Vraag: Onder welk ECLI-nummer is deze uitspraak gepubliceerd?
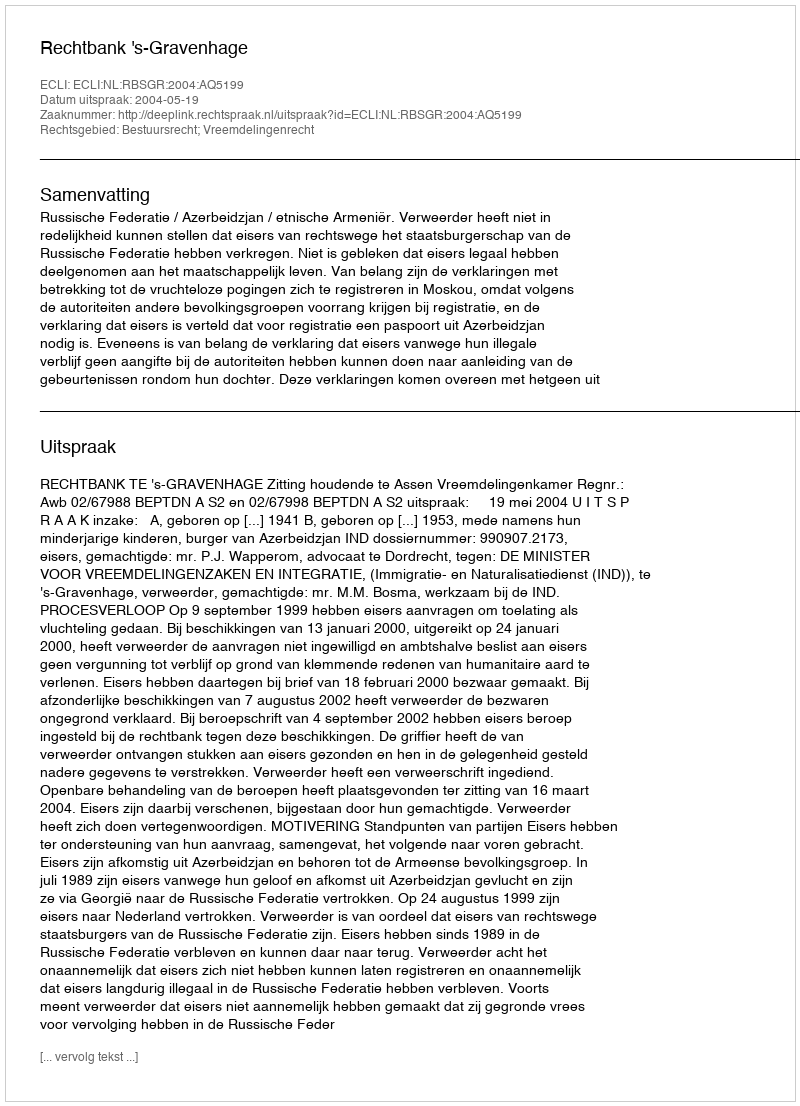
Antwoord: ECLI:NL:RBSGR:2004:AQ5199